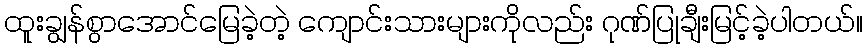
ထူးချွန်စွာအောင်မြေခဲ့တဲ့ ကျောင်းသားများကိုလည်း ဂုဏ်ပြုချီးမြင့်ခဲ့ပါတယ်။